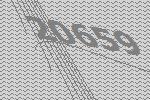
20659